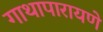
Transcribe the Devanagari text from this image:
गाथापारायणे